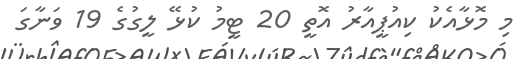
މި މޮޅާއެކު ކިއުޕީއާރު އޮތީ 20 ޓީމު ކުޅޭ ލީގުގެ 19 ވަނާގަ